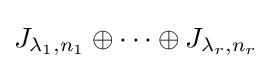
J_{\lambda _{1},n_{1}}\oplus \cdots \oplus J_{\lambda _{r},n_{r}}